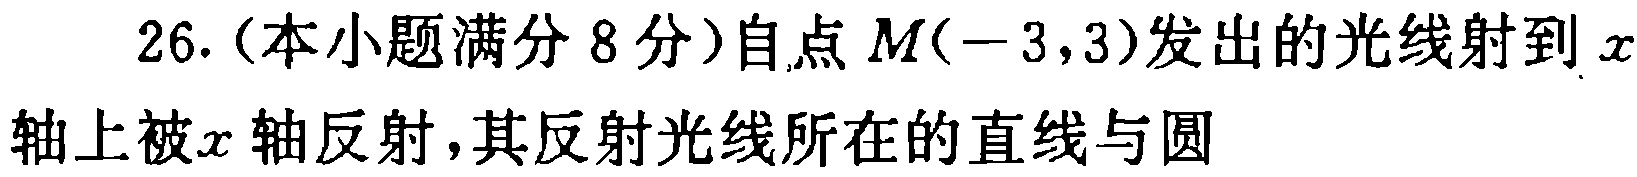
26.（本小题满分 8 分）自点 \(M(-3,3)\)发出的光线射到 \(x\)轴上被\(x\)轴反射，其反射光线所在的直线与圆